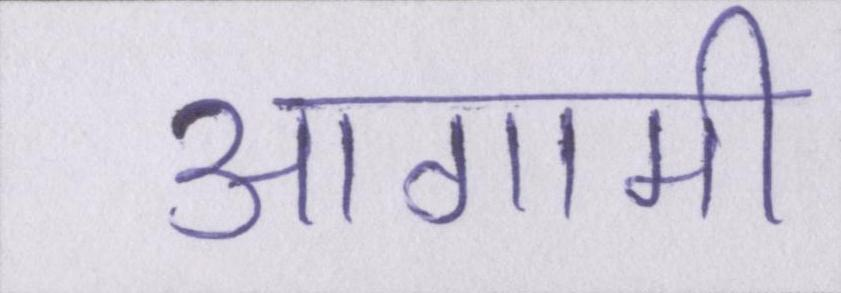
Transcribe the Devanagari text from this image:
आगामी